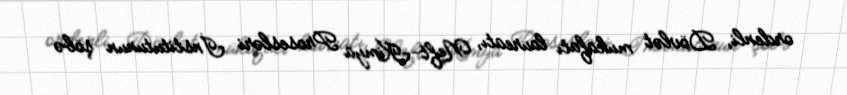
ordenli, Dövlət mükafatı laureatı, Neft-Kimya Prosesləri İnstitutunun şöbə